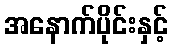
အနောက်ပိုင်းနှင့်